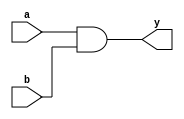
module simple_continuous_assignment (
    input wire a,        // First input signal
    input wire b,        // Second input signal
    output wire y        // Output signal
);

// Continuous assignment: y is the logical AND of a and b
assign y = a & b;      // y will be 1 if both a and b are 1, otherwise y will be 0

endmodule